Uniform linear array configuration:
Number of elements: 64
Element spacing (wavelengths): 0.75
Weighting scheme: kaiser
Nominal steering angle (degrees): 30
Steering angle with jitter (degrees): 30.904
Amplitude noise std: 0.05
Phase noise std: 0.05

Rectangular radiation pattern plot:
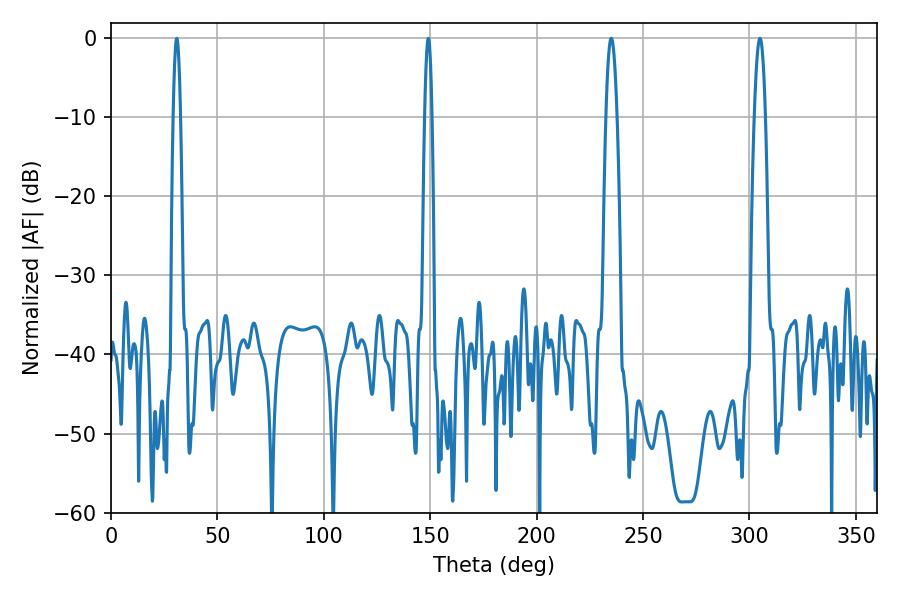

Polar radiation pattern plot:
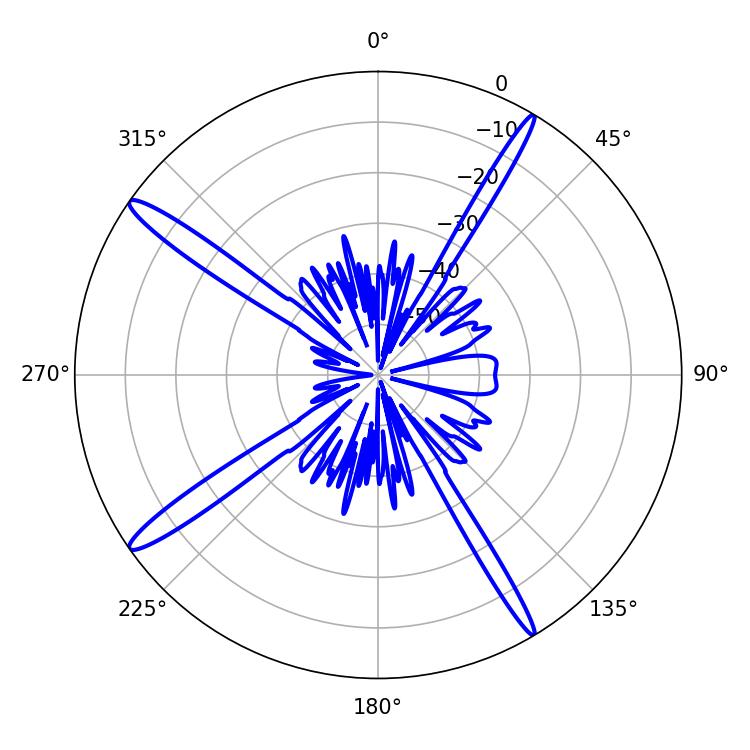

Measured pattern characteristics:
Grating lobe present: TRUE
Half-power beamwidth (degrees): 2.88
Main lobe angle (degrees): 304.92